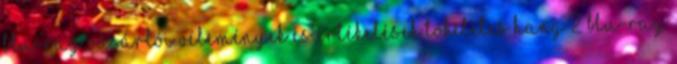
Blu-ray vásárlói vélemények és értékelések Tökéletes hang 2 Blu-Ray